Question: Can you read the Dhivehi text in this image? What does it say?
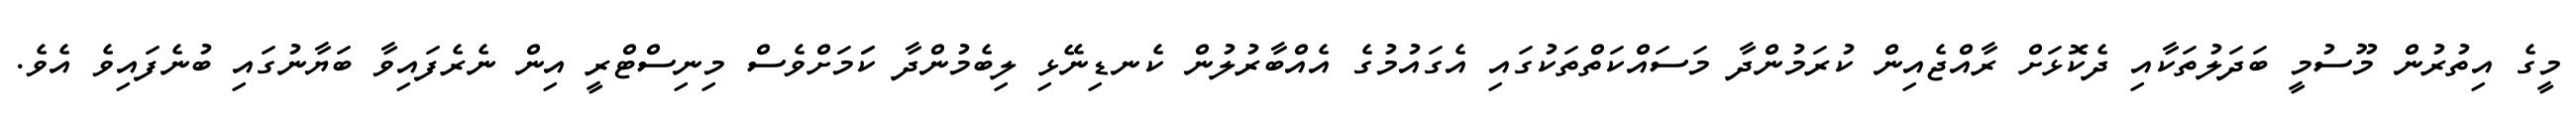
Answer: މީގެ އިތުރުން މޫސުމީ ބަދަލުތަކާއި ދެކޮޅަށް ރާއްޖެއިން ކުރަމުންދާ މަސައްކަތްތަކުގައި އެގައުމުގެ އެއްބާރުލުން ކެނޑިނޭޅި ލިބެމުންދާ ކަަމަށްވެސް މިނިސްޓްރީ އިން ނެރެފައިވާ ބަޔާނުގައި ބުނެފައިވެ އެވެ.